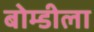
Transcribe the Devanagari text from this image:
बोम्डीला